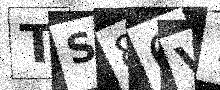
Text: TS86V7